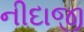
નીદાજી